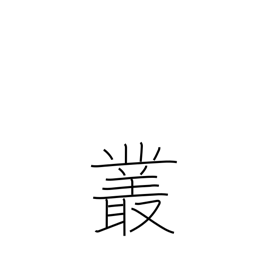
Meaning: plexus